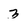
Character: 3